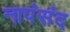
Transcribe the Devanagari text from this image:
नापंसंद